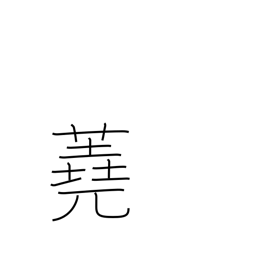
Meaning: firewood